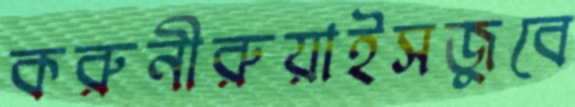
করুনীরুয়াইসজুবে